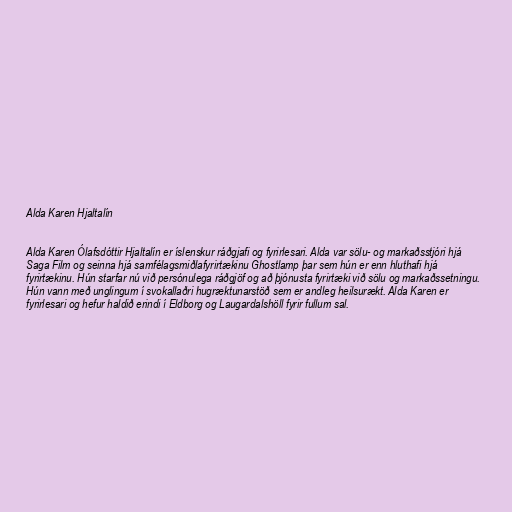
Alda Karen Hjaltalín

Alda Karen Ólafsdóttir Hjaltalín er íslenskur ráðgjafi og fyrirlesari. Alda var sölu- og markaðsstjóri hjá
Saga Film og seinna hjá samfélagsmiðlafyrirtækinu Ghostlamp þar sem hún er enn hluthafi hjá
fyrirtækinu. Hún starfar nú við persónulega ráðgjöf og að þjónusta fyrirtæki við sölu og markaðssetningu.
Hún vann með unglingum í svokallaðri hugræktunarstöð sem er andleg heilsurækt. Alda Karen er
fyrirlesari og hefur haldið erindi í Eldborg og Laugardalshöll fyrir fullum sal.